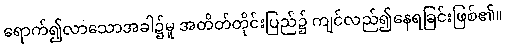
ရောက်၍လာသောအခါ၌မူ အတိတ်တိုင်းပြည်၌ ကျင်လည်၍နေရခြင်းဖြစ်၏။